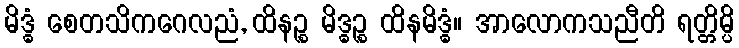
မိဒ္ဓံ စေတသိကဂေလညံ, ထိနဉ္စ မိဒ္ဓဉ္စ ထိနမိဒ္ဓံ။ အာလောကသညီတိ ရတ္တိမ္ပိ